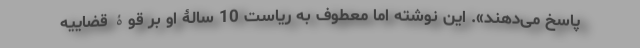
پاسخ می‌دهند». این نوشته اما معطوف به ریاست 10 سالۀ او بر قوۀ قضاییه